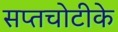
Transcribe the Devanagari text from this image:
सप्तचोटीके